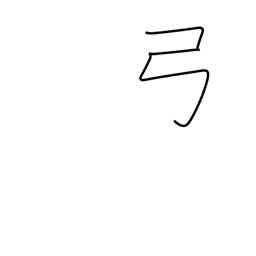
Meaning: bow